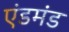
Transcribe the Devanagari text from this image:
एंडमंड